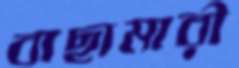
বাছামারী